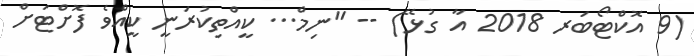
(9 އޮކްޓޯބަރ 2018 އާ ގުޅޭ) -- "ނިމް... ކީއްތިކުރަނީ ކީއްވެ ފޮށްޓަށް